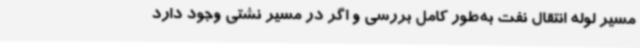
مسیر لوله انتقال نفت به‌طور کامل بررسی و اگر در مسیر نشتی وجود دارد